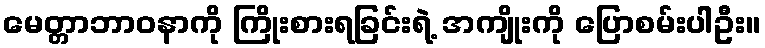
မေတ္တာဘာဝနာကို ကြိုးစားရခြင်းရဲ့ အကျိုးကို ပြောစမ်းပါဦး။